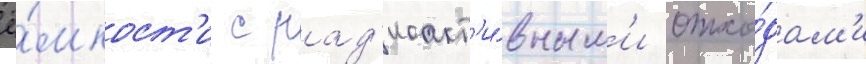
ё́мкост'и с рад'иоакт'и́вным'и отхо́дам'и